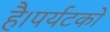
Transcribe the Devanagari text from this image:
है।पर्यटकों